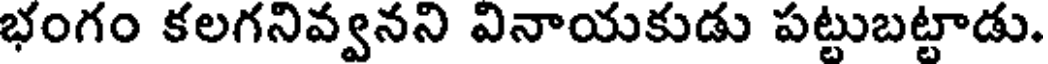
భంగం కలగనివ్వనని వినాయకుడు పట్టుబట్టాడు.